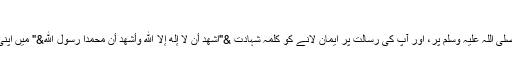
}(النساء: 174)
اللہ تعالی نے خاتم الانبیاء و افضل البشر محمد صلی اللہ علیہ وسلم پر، اور آپ کی رسالت پر ایمان لانے کو کلمہ شہادت &"اشهد أن لا إله إلا الله وأشهد أن محمدًا رسول الله&" میں اپنی وحدانیت پر ایمان لانے کے ساتھ جوڑدیا ہے۔